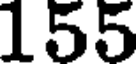
155